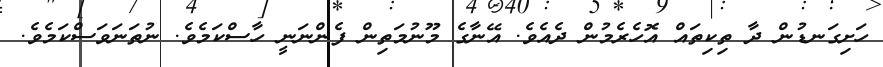
ހަށިގަނޑުން ދާ ތިކިތައް އޮހެރެމުން ދެއެވެ. އޭނާގެ މޫނުމަތިން ފެންނަނީ ހާސްކަމެވެ. ނުތަނަވަސްކަމެވެ.